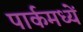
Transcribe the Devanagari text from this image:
पार्कमध्यें